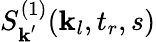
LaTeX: S_{\textbf{k}^{\prime}}^{(1)}(\textbf{k}_{l},t_{r},s)